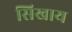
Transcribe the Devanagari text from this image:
सिखाय